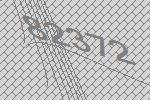
82372